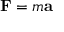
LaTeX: { \mathbf { F } } = m { \mathbf { a } }